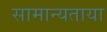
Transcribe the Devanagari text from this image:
सामान्यताया